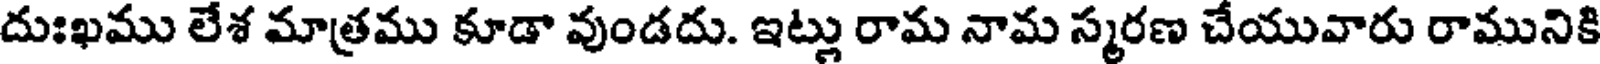
దుఃఖము లేశ మాత్రము కూడా వుండదు. ఇట్లు రామ నామ స్మరణ చేయువారు రామునికి